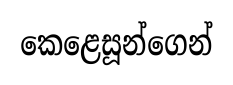
කෙළෙසූන්ගෙන්